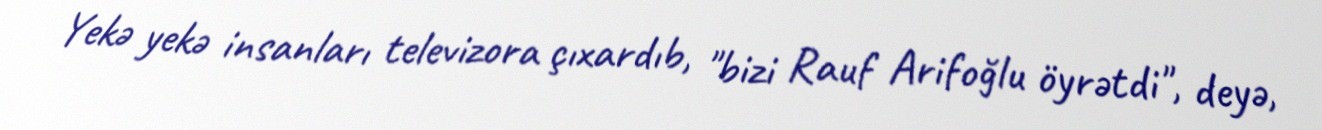
Yekə yekə insanları televizora çıxardıb, "bizi Rauf Arifoğlu öyrətdi", deyə,